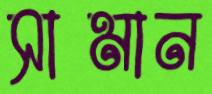
সামান